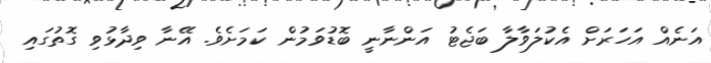
އަނެއް އަހަރަށް އެކުލަވާލާ ބަޖެޓު އަންނާނީ ބޮޑުވަމުން ކަމަށެވެ. އޭނާ ވިދާޅުވި ގޮތުގައި